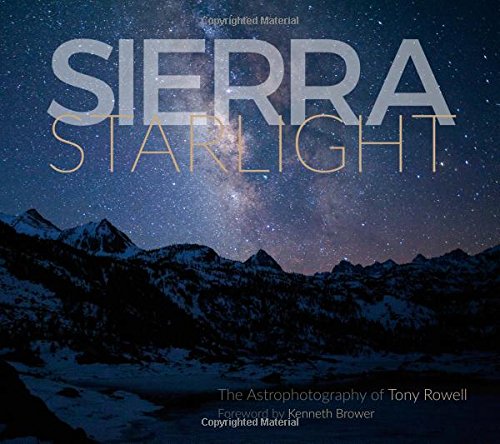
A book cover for Sierra Starlight: The Astrophotography of Tony Rowell; Tony Rowell; Arts & Photography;